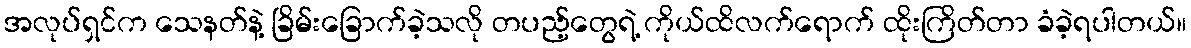
အလုပ်ရှင်က သေနတ်နဲ့ ခြိမ်းခြောက်ခဲ့သလို တပည့်တွေရဲ့ ကိုယ်ထိလက်ရောက် ထိုးကြိတ်တာ ခံခဲ့ရပါတယ်။